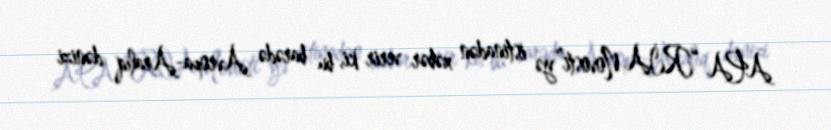
APA “RİA Novosti”yə istinadən xəbər verir ki, bu barədə Avropa-Aralıq dənizi